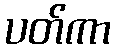
ပတ်ကာ